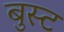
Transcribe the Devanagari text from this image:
बुस्ट